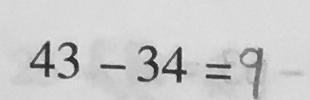
4 3 - 3 4 = 9